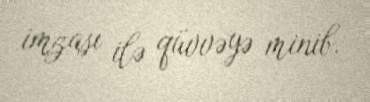
imzası ilə qüvvəyə minib.